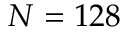
N = 1 2 8